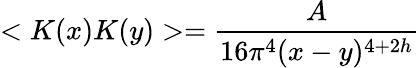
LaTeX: <K(x)K(y)>=\frac{A}{16\pi^{4}(x-y)^{4+2h}}